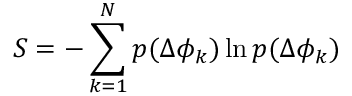
S = - \sum _ { k = 1 } ^ { N } p ( \Delta \phi _ { k } ) \ln p ( \Delta \phi _ { k } )